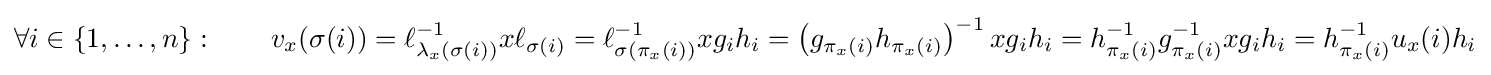
\forall i\in \{1,\ldots ,n\}:\qquad v_{x}(\sigma (i))=\ell _{\lambda _{x}(\sigma (i))}^{-1}x\ell _{\sigma (i)}=\ell _{\sigma (\pi _{x}(i))}^{-1}xg_{i}h_{i}=\left(g_{\pi _{x}(i)}h_{\pi _{x}(i)}\right)^{-1}xg_{i}h_{i}=h_{\pi _{x}(i)}^{-1}g_{\pi _{x}(i)}^{-1}xg_{i}h_{i}=h_{\pi _{x}(i)}^{-1}u_{x}(i)h_{i}